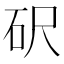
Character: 𥐮